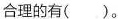
合理的有()。